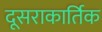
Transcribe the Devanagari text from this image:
दूसराकार्तिक